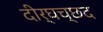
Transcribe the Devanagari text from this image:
दीर्घच्छद